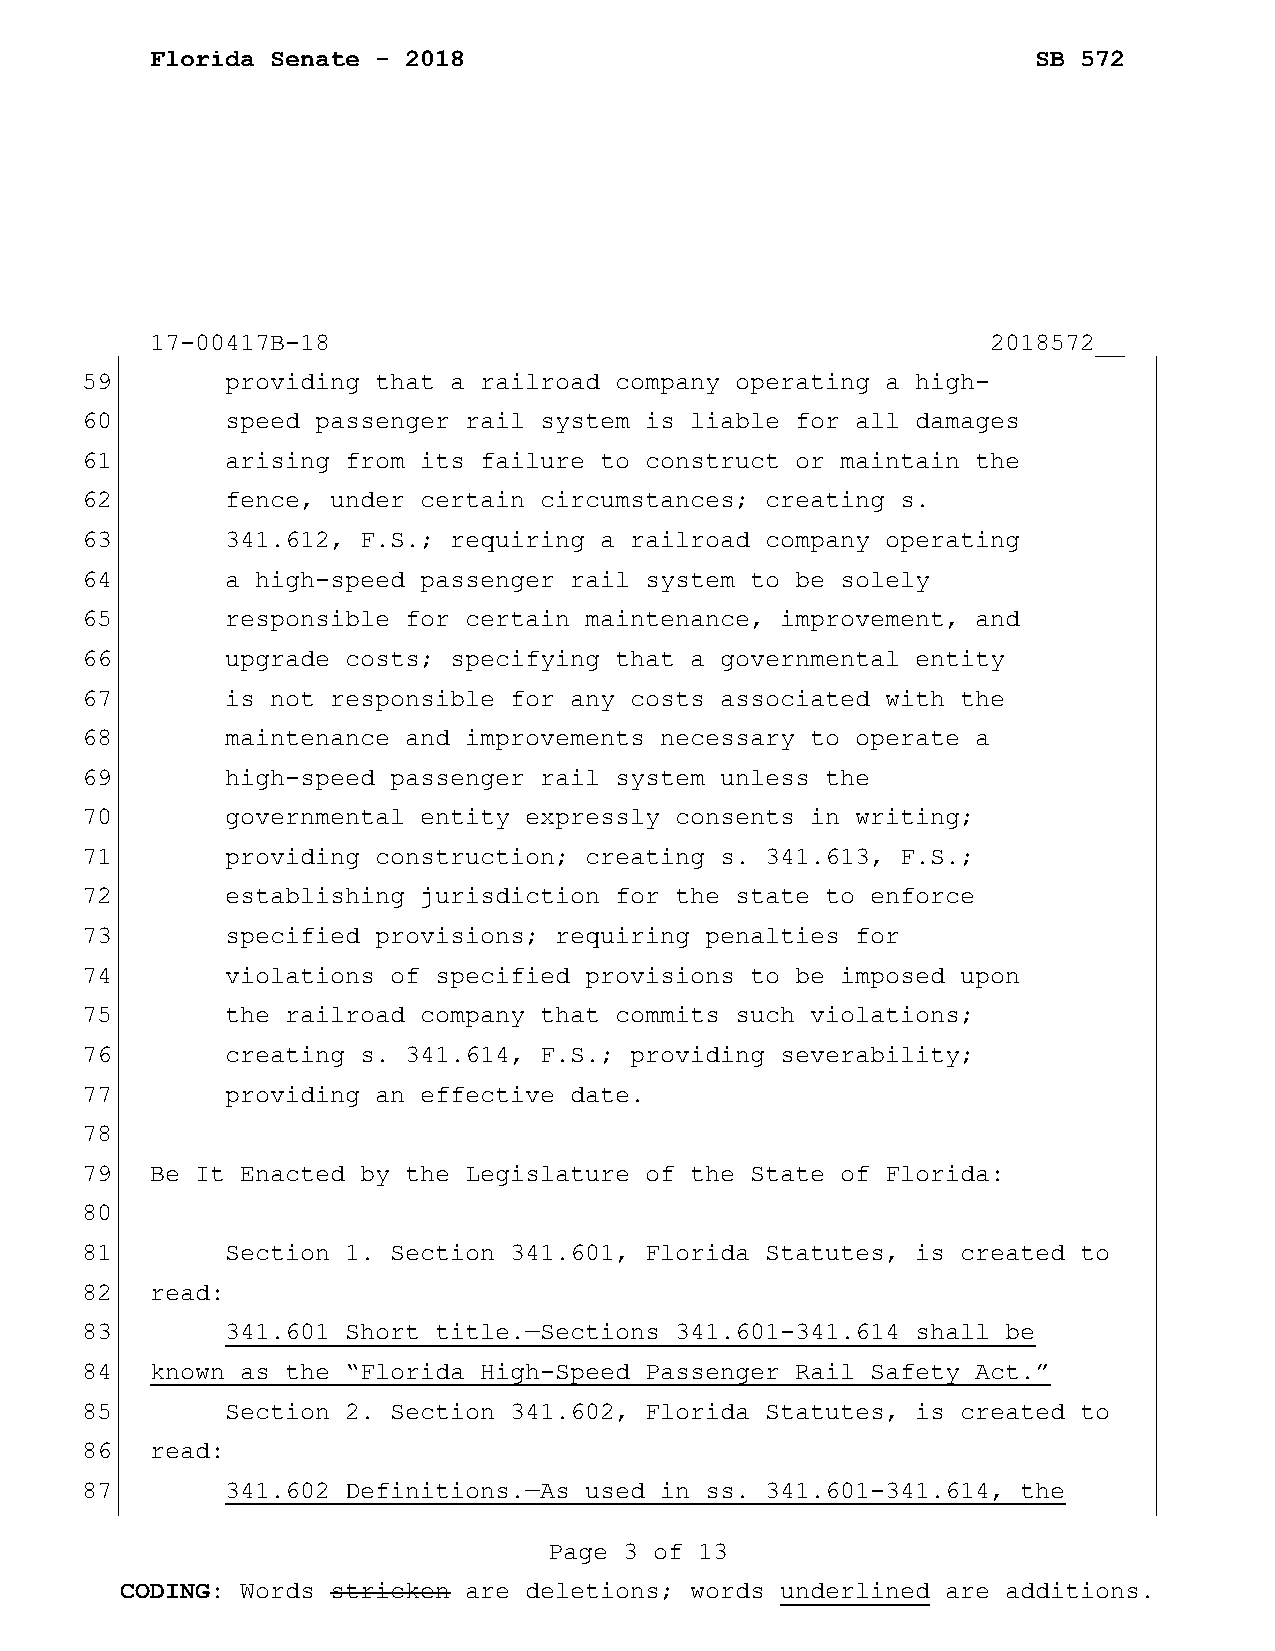
Florida Senate - 2018                                      SB 572
 17-00417B-18                                            2018572__
 59        providing that a railroad company operating a high-
 60        speed passenger rail system is liable for all damages
 61        arising from its failure to construct or maintain the
 62        fence, under certain circumstances; creating s.
 63        341.612, F.S.; requiring a railroad company operating
 64        a high-speed passenger rail system to be solely
 65        responsible for certain maintenance, improvement, and
 66        upgrade costs; specifying that a governmental entity
 67        is not responsible for any costs associated with the
 68        maintenance and improvements necessary to operate a
 69        high-speed passenger rail system unless the
 70        governmental entity expressly consents in writing;
 71        providing construction; creating s. 341.613, F.S.;
 72        establishing jurisdiction for the state to enforce
 73        specified provisions; requiring penalties for
 74        violations of specified provisions to be imposed upon
 75        the railroad company that commits such violations;
 76        creating s. 341.614, F.S.; providing severability;
 77        providing an effective date.
 78
 79   Be It Enacted by the Legislature of the State of Florida:
 80
 81        Section 1. Section 341.601, Florida Statutes, is created to
 82   read:
 83        341.601 Short title.—Sections 341.601-341.614 shall be
 84   known as the “Florida High-Speed Passenger Rail Safety Act.”
 85        Section 2. Section 341.602, Florida Statutes, is created to
 86   read:
 87        341.602 Definitions.—As used in ss. 341.601-341.614, the
 Page 3 of 13
 CODING: Words stricken are deletions; words underlined are additions.